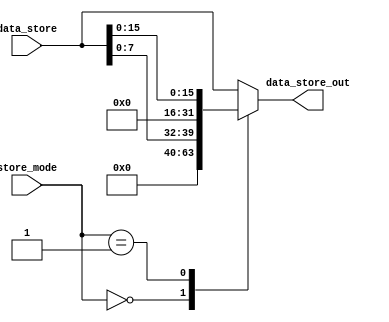
module Store_Logic (
    input [1:0] store_mode,
    input [31:0] data_store,
    output reg [31:0] data_store_out
);
    localparam SB = 2'b00,
               SH = 2'b01 ,
               SW = 2'B10 ;

    always @(*) begin

        case (store_mode)
            SB :  data_store_out = {24'b0 ,data_store[7:0] } ;
            SH :  data_store_out = {16'b0 ,data_store[15:0] } ;
            SW :  data_store_out = data_store ;

            default: data_store_out = data_store ;
        endcase
        
    end
endmodule